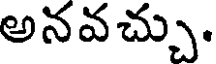
అనవచ్చు.